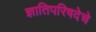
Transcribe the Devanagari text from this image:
ज्ञातिपरिषदेचे